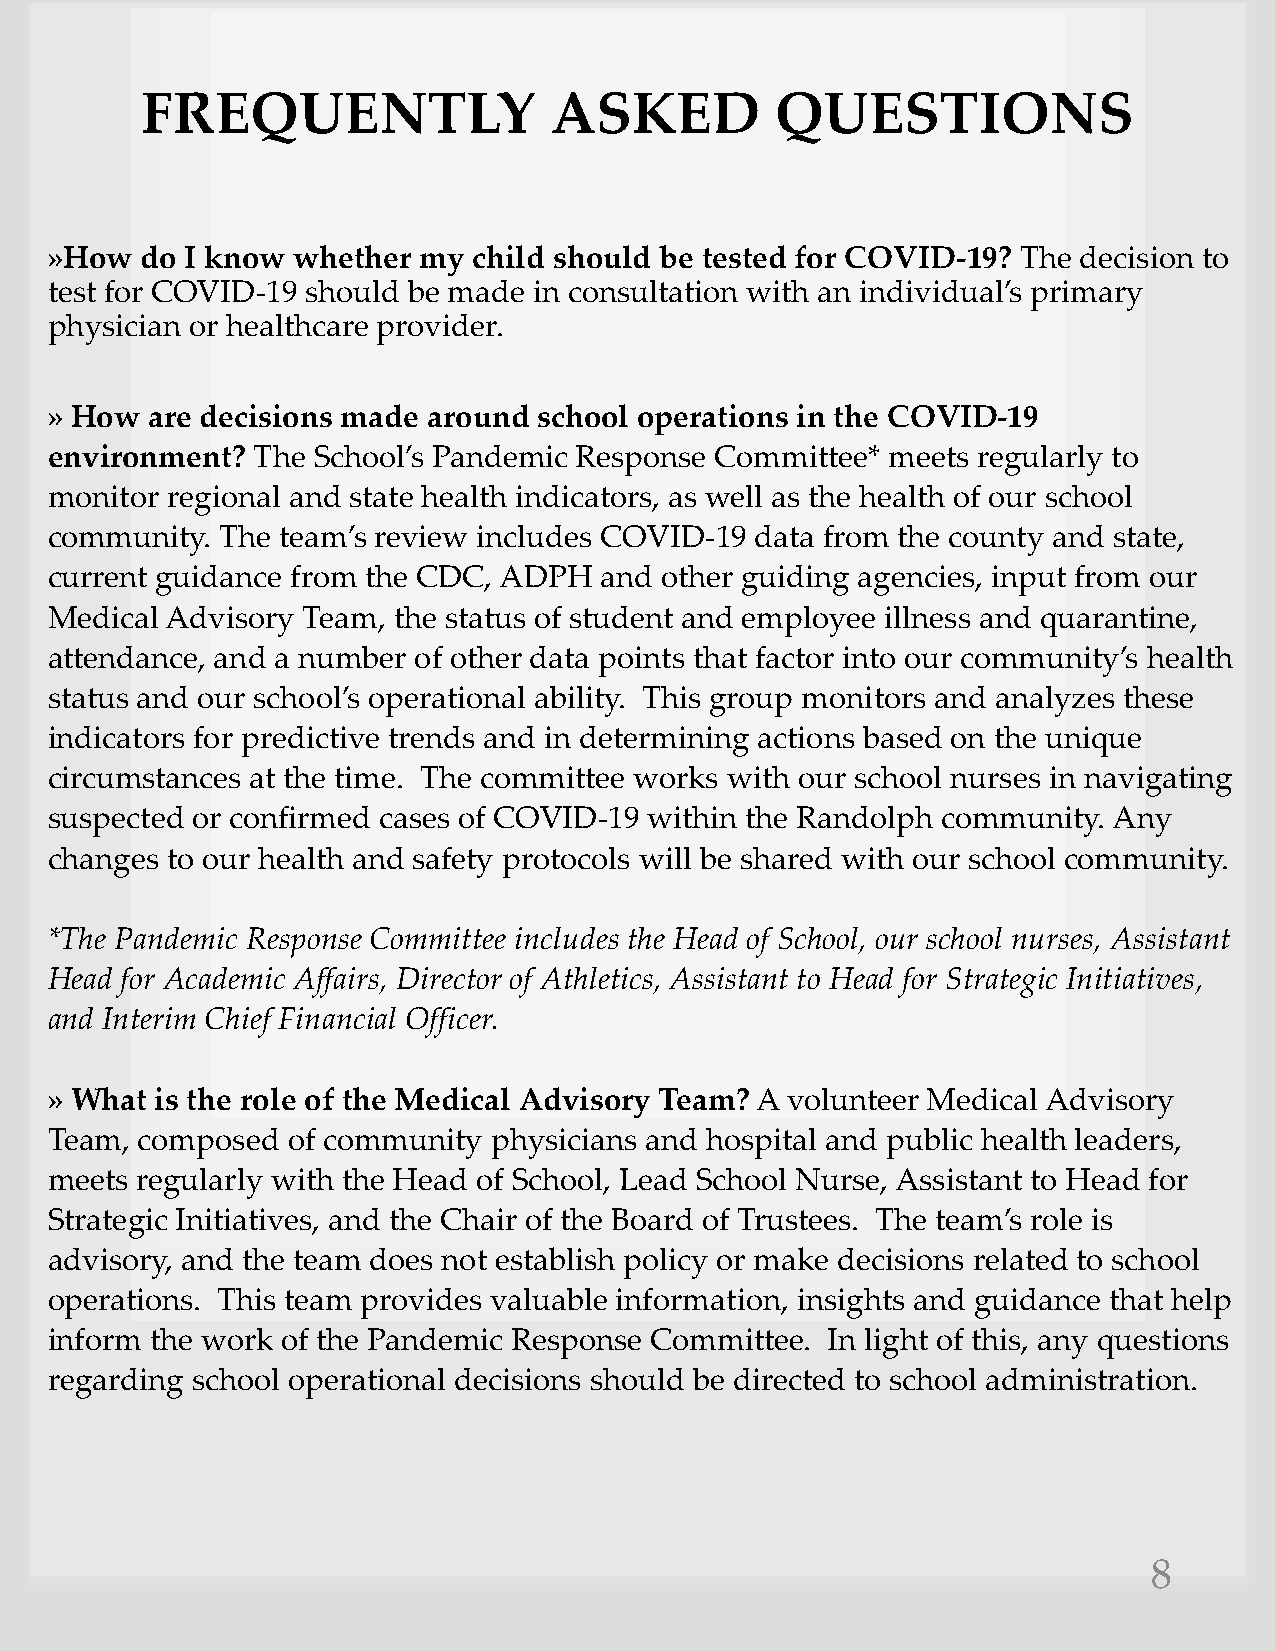
FREQUENTLY                 ASKED          QUESTIONS
 »How  do I know whether  my child should be tested for COVID-19? The decision to
 test for COVID-19 should be made in consultation with an individual’s primary
 physician or healthcare provider.
 » How  are decisions made around school operations in the COVID-19
 environment?  The School’s Pandemic Response Committee* meets regularly to
 monitor regional and state health indicators, as well as the health of our school
 community.  The team’s review includes COVID-19 data from the county and state,
 current guidance from the CDC, ADPH  and other guiding agencies, input from our
 Medical Advisory Team, the status of student and employee illness and quarantine,
 attendance, and a number of other data points that factor into our community’s health
 status and our school’s operational ability. This group monitors and analyzes these
 indicators for predictive trends and in determining actions based on the unique
 circumstances at the time. The committee works with our school nurses in navigating
 suspected or confirmed cases of COVID-19 within the Randolph community. Any
 changes to our health and safety protocols will be shared with our school community.
 *The Pandemic Response Committee includes the Head of School, our school nurses, Assistant
 Head for Academic Affairs, Director of Athletics, Assistant to Head for Strategic Initiatives,
 and Interim Chief Financial Officer.
 » What is the role of the Medical Advisory Team?A volunteer Medical Advisory
 Team, composed  of community  physicians and hospital and public health leaders,
 meets regularly with the Head of School, Lead School Nurse, Assistant to Head for
 Strategic Initiatives, and the Chair of the Board of Trustees. The team’s role is
 advisory, and the team does not establish policy or make decisions related to school
 operations. This team provides valuable information, insights and guidance that help
 inform the work of the Pandemic Response Committee. In light of this, any questions
 regarding school operational decisions should be directed to school administration.
 8